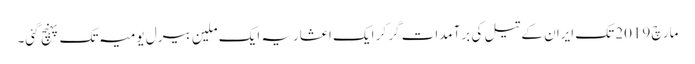
مارچ 2019 تک ایران کے تیل کی برآمدات گِر کر ایک اعشاریہ ایک ملین بیرل یومیہ تک پہنچ گئی۔